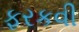
ફરકવી